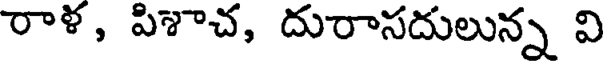
రాళ, పిశాచ, దురాసదులున్న వి